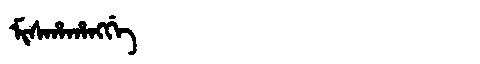
Manchu: ᠮᡳᠰᡥᠠᡥᠠᠩᡤᡝ
Romanization: MISHAHANGGE